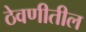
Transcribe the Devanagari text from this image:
ठेवणीतील